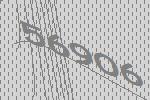
56906